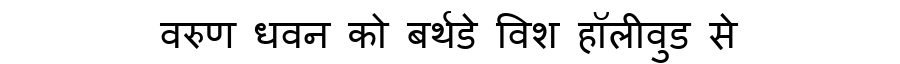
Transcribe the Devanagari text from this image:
वरुण धवन को बर्थडे विश हॉलीवुड से